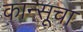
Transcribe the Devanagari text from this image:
कान्सूचा